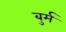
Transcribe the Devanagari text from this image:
बुर्म